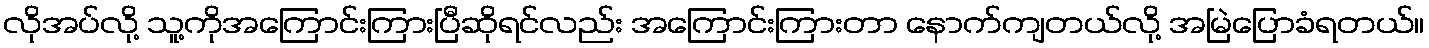
လိုအပ်လို့ သူ့ကိုအကြောင်းကြားပြီဆိုရင်လည်း အကြောင်းကြားတာ နောက်ကျတယ်လို့ အမြဲပြောခံရတယ်။